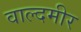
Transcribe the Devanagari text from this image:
वाल्दमीर